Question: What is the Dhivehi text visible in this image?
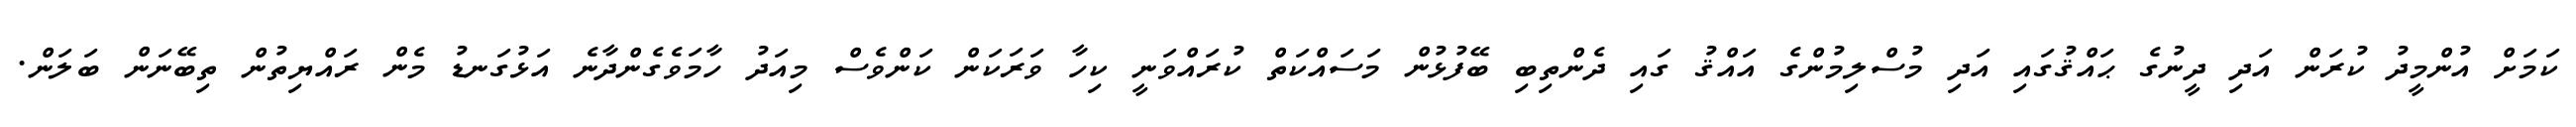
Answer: ކަމަށް އުންމީދު ކުރަން އަދި ދީނުގެ ޙައްޤުގައި އަދި މުސްލިމުންގެ އައްޤު ގައި ދެންތިބި ބޭފުޅުން މަސައްކަތް ކުރައްވަނީ ކިހާ ވަރަކަން ކަންވެސް މިއަދު ހާމަވެގެންދާނެ އަޅުގަނޑު މެން ރައްޔިތުން ތިބޭނަން ބަލަން.